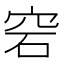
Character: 𥥔